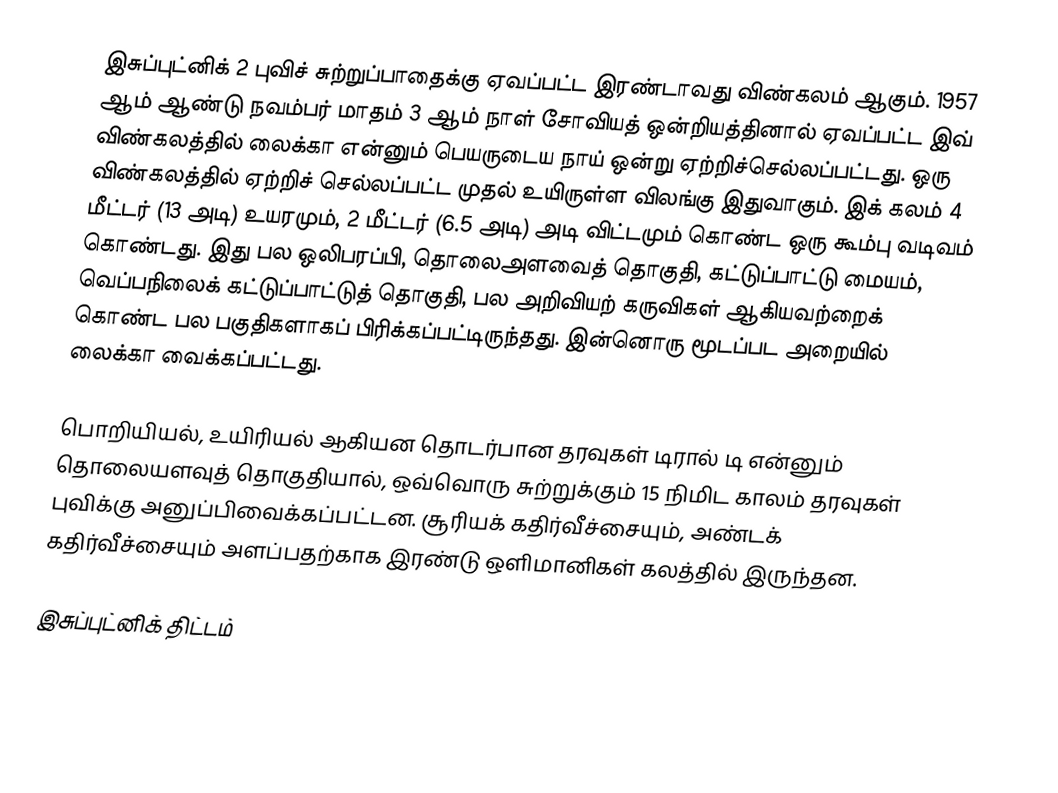
இசுப்புட்னிக் 2 புவிச் சுற்றுப்பாதைக்கு ஏவப்பட்ட இரண்டாவது விண்கலம் ஆகும். 1957 ஆம் ஆண்டு நவம்பர் மாதம் 3 ஆம் நாள் சோவியத் ஒன்றியத்தினால் ஏவப்பட்ட இவ் விண்கலத்தில் லைக்கா என்னும் பெயருடைய நாய் ஒன்று ஏற்றிச்செல்லப்பட்டது. ஒரு விண்கலத்தில் ஏற்றிச் செல்லப்பட்ட முதல் உயிருள்ள விலங்கு இதுவாகும். இக் கலம் 4 மீட்டர் (13 அடி) உயரமும், 2 மீட்டர் (6.5 அடி) அடி விட்டமும் கொண்ட ஒரு கூம்பு வடிவம் கொண்டது. இது பல ஒலிபரப்பி, தொலைஅளவைத் தொகுதி, கட்டுப்பாட்டு மையம், வெப்பநிலைக் கட்டுப்பாட்டுத் தொகுதி, பல அறிவியற் கருவிகள் ஆகியவற்றைக் கொண்ட பல பகுதிகளாகப் பிரிக்கப்பட்டிருந்தது. இன்னொரு மூடப்பட அறையில் லைக்கா வைக்கப்பட்டது.

பொறியியல், உயிரியல் ஆகியன தொடர்பான தரவுகள் டிரால் டி என்னும் தொலையளவுத் தொகுதியால், ஒவ்வொரு சுற்றுக்கும் 15 நிமிட காலம் தரவுகள் புவிக்கு அனுப்பிவைக்கப்பட்டன. சூரியக் கதிர்வீச்சையும், அண்டக் கதிர்வீச்சையும் அளப்பதற்காக இரண்டு ஒளிமானிகள் கலத்தில் இருந்தன.

இசுப்புட்னிக் திட்டம்